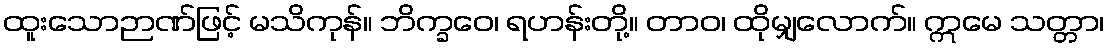
ထူးသောဉာဏ်ဖြင့် မသိကုန်။ ဘိက္ခဝေ၊ ရဟန်းတို့။ တာဝ၊ ထိုမျှလောက်။ ဣမေ သတ္တာ၊